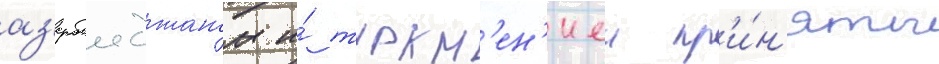
аз'ербаиджаном и́ туркм'ен'иеи пр'и́н'яты